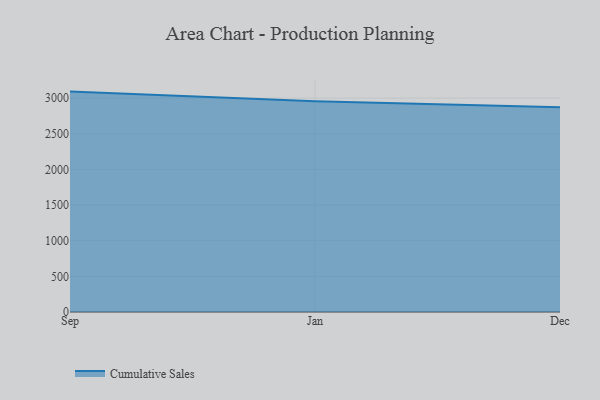
{"axis": {"x": "Month", "y": "Latency (ms)"}, "legend": ["Cumulative Sales"], "data": [{"x": "Sep", "y": 3091.0, "type": "Cumulative Sales"}, {"x": "Jan", "y": 2954.7, "type": "Cumulative Sales"}, {"x": "Dec", "y": 2872.9, "type": "Cumulative Sales"}]}